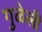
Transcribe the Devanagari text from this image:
गुळेली